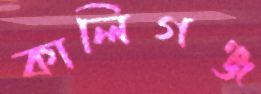
কালিগঞ্জ